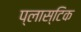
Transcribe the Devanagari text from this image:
प्‍लास्‍टिक